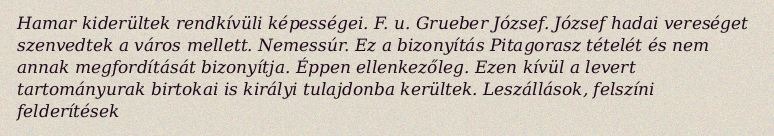
Hamar kiderültek rendkívüli képességei. F. u. Grueber József. József hadai vereséget szenvedtek a város mellett. Nemessúr. Ez a bizonyítás Pitagorasz tételét és nem annak megfordítását bizonyítja. Éppen ellenkezőleg. Ezen kívül a levert tartományurak birtokai is királyi tulajdonba kerültek. Leszállások, felszíni felderítések